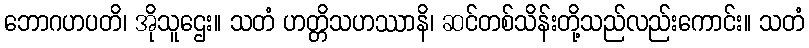
ဘောဂဟပတိ၊ အိုသူဌေး။ သတံ ဟတ္တိသဟဿာနိ၊ ဆင်တစ်သိန်းတို့သည်လည်းကောင်း။ သတံ